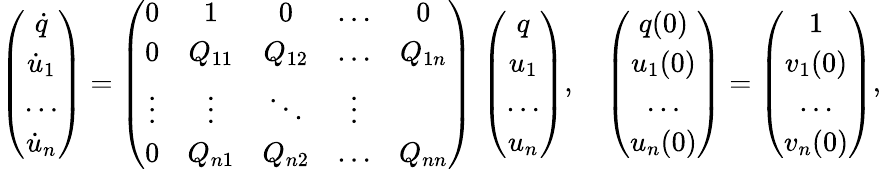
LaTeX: \left(\begin{array}{c}{\dot{q}}\\ {\dot{u}_{1}}\\ {\dots}\\ {\dot{u}_{n}}\end{array}\right)=\left(\begin{array}{ccccc}{0}&{1}&{0}&{\ldots}&{0}\\ {0}&{Q_{11}}&{Q_{12}}&{\ldots}&{Q_{1n}}\\ {\vdots}&{\vdots}&{\ddots}&{\vdots}\\ {0}&{Q_{n1}}&{Q_{n2}}&{\ldots}&{Q_{nn}}\end{array}\right)\, \left(\begin{array}{c}{q}\\ {u_{1}}\\ {\dots}\\ {u_{n}}\end{array}\right),\quad\left(\begin{array}{c}{q(0)}\\ {u_{1}(0)}\\ {\dots}\\ {u_{n}(0)}\end{array}\right)=\left(\begin{array}{c}{1}\\ {v_{1}(0)}\\ {\dots}\\ {v_{n}(0)}\end{array}\right),